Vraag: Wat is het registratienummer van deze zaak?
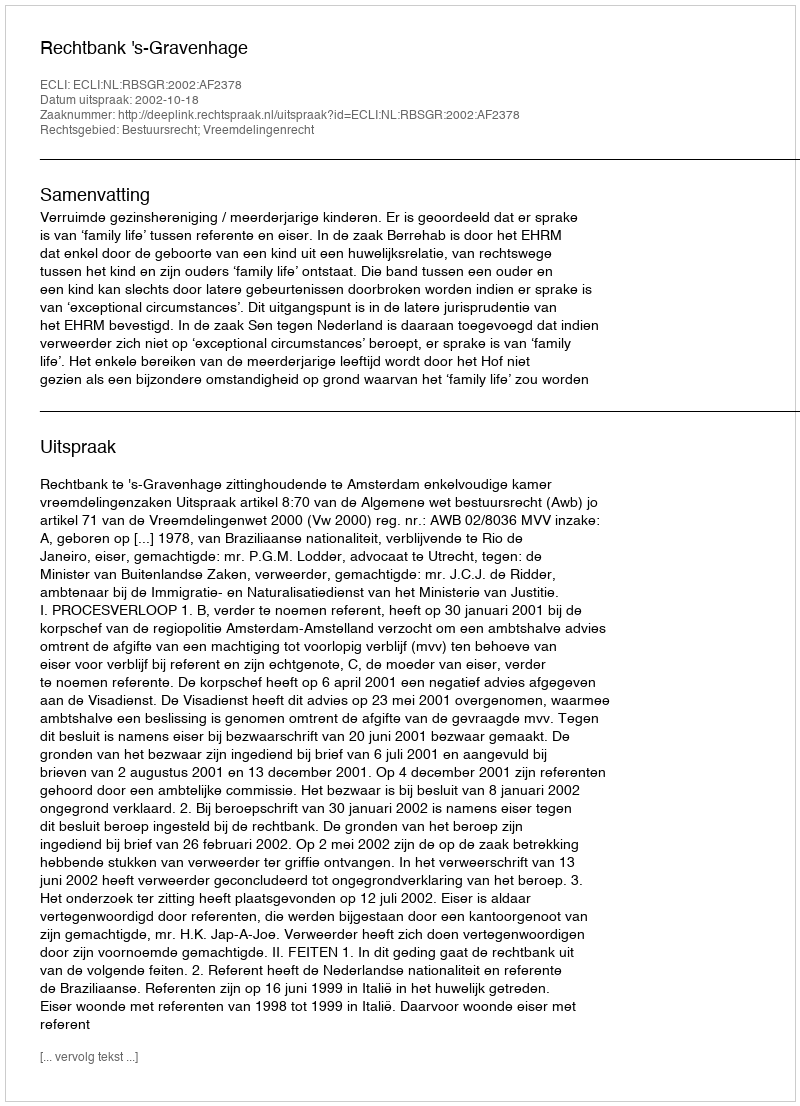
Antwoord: http://deeplink.rechtspraak.nl/uitspraak?id=ECLI:NL:RBSGR:2002:AF2378